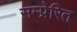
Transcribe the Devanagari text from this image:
सम्प्रेरित